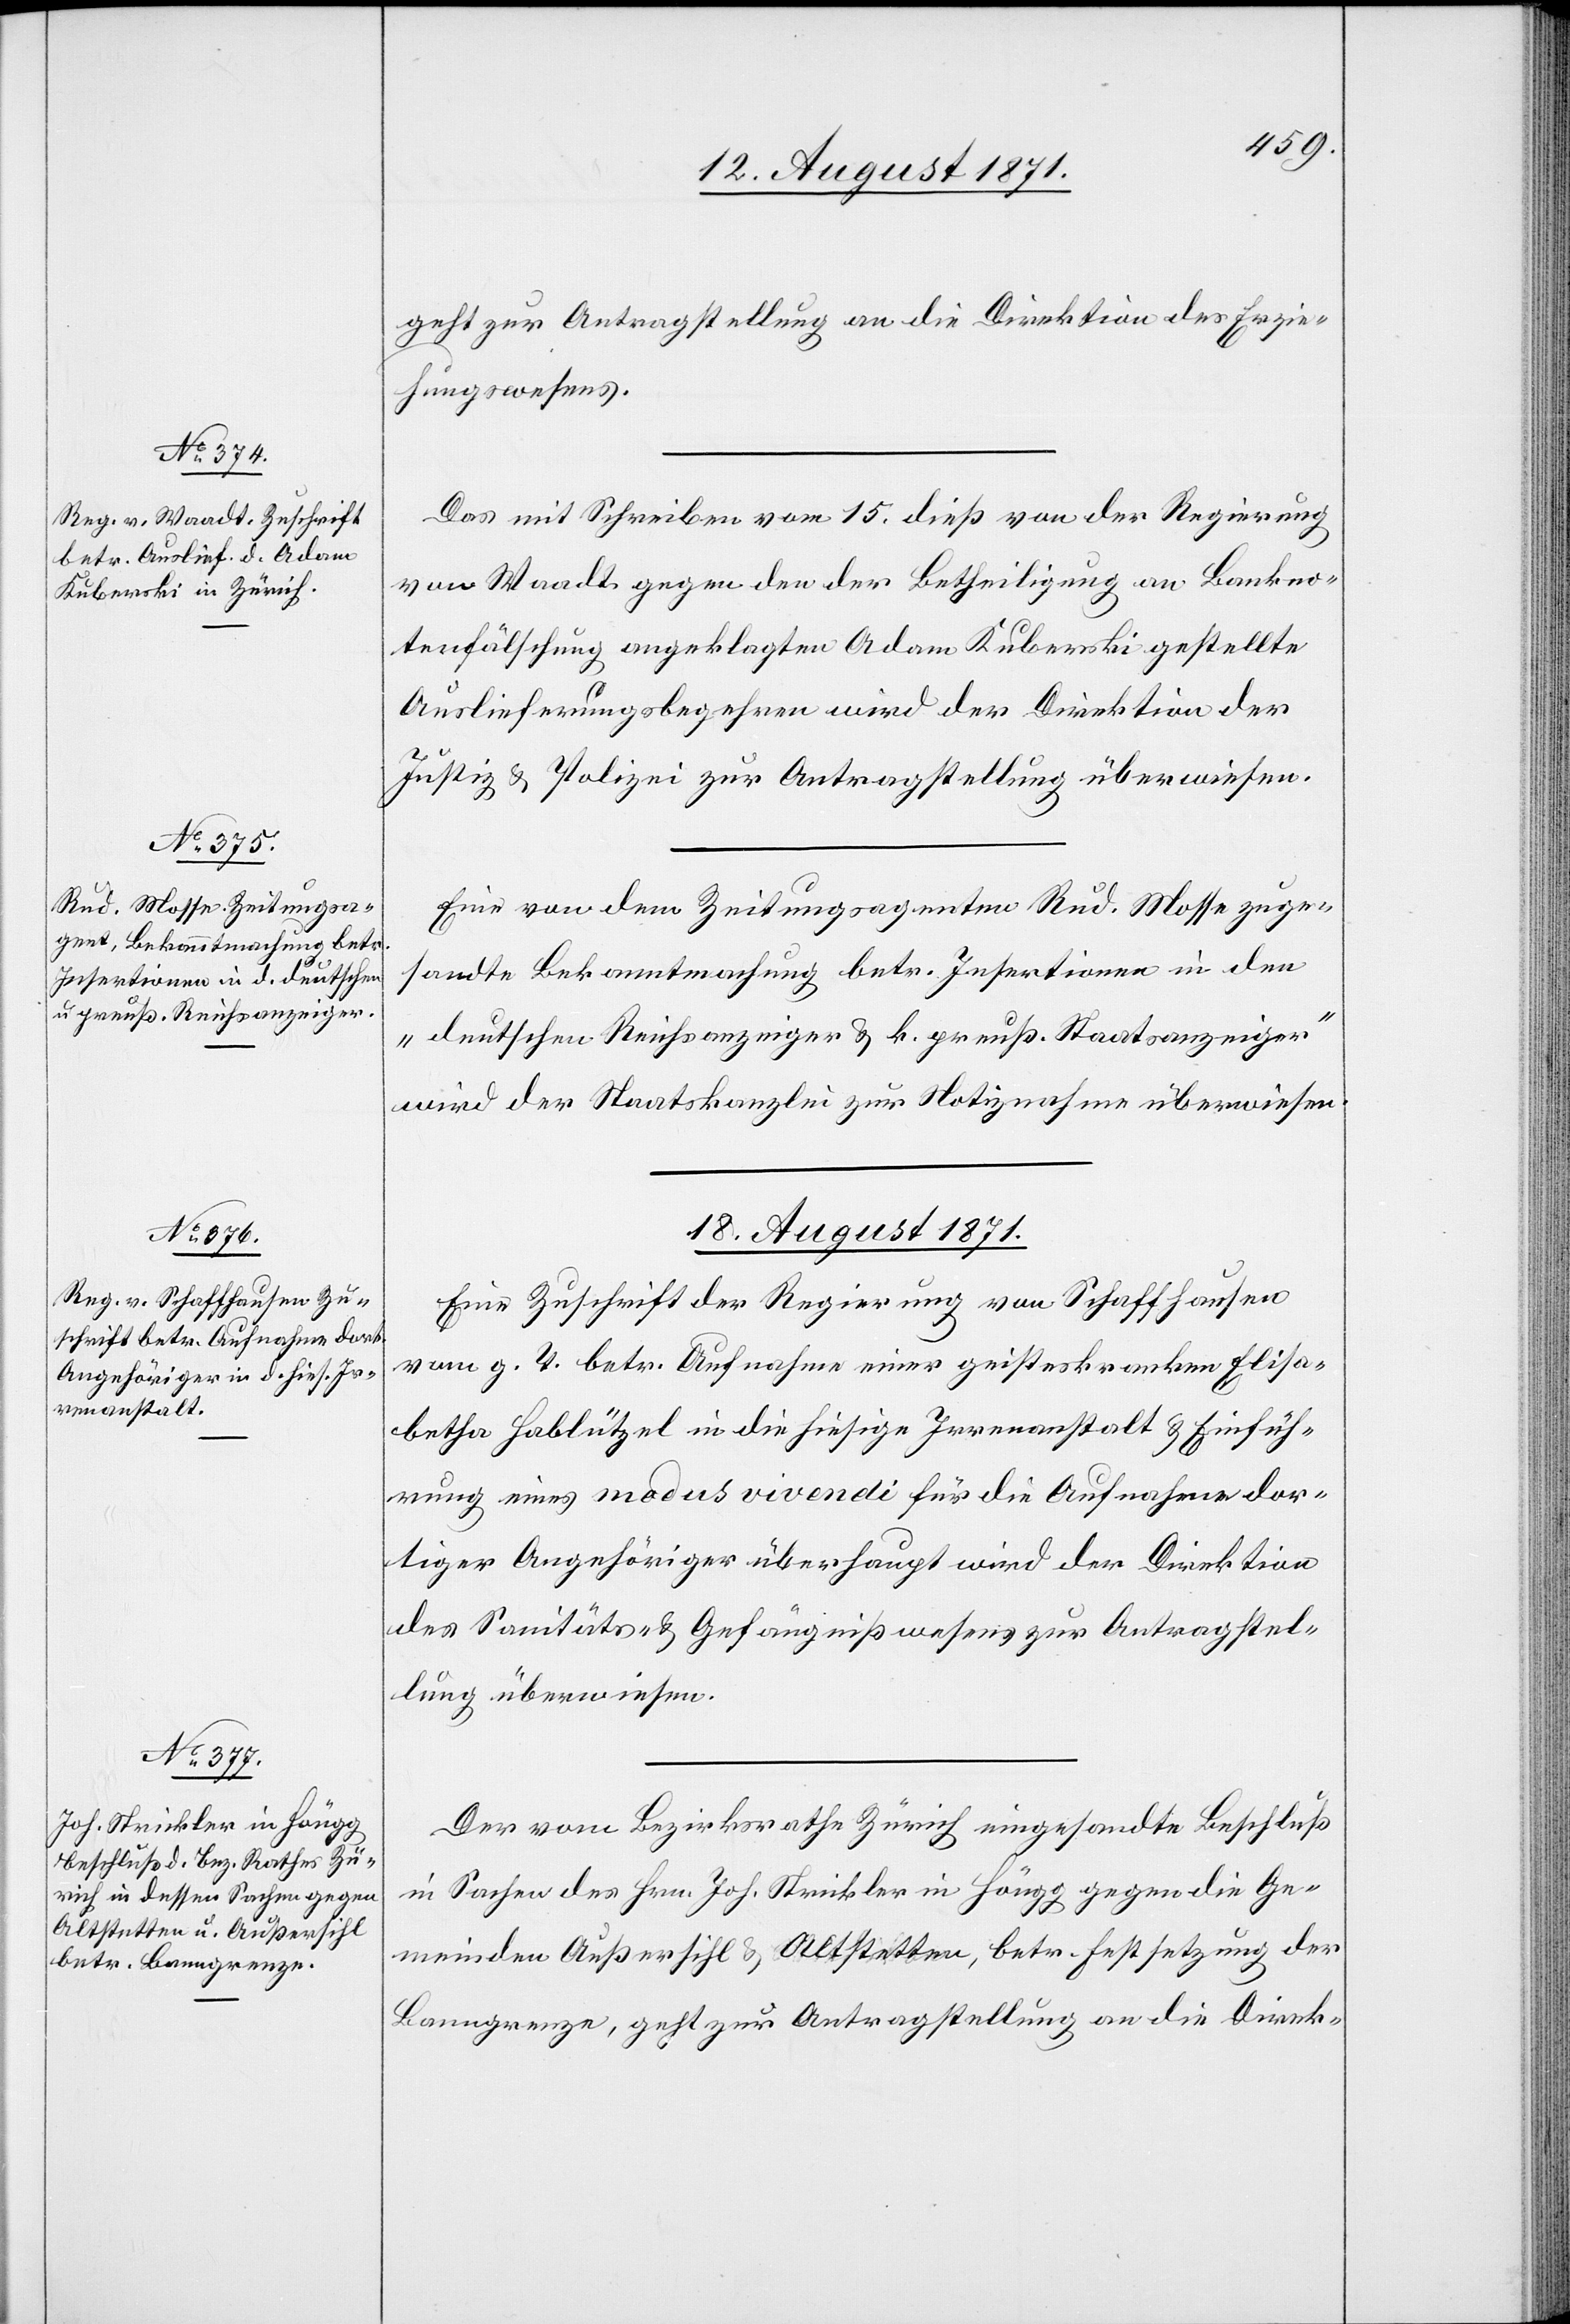
17. August 1871.]
geht zur Antragstellung an die Direktion des Erzie¬
hungswesens.
Das mit Schreiben vom 15. dieß von der Regierung
von Waadt gegen den der Betheiligung an Bankno¬
tenfälschung angeklagten Adam Kuberski gestellte
Auslieferungsbegehren wird der Direktion der
Justiz & Polizei zur Antragstellung überwiesen.
Eine von dem Zeitungsagenten Rud. Mosse zuge¬
sandten Bekanntmachung betr. Insertionen in den
„deutschen Reichsanzeiger & k. preuß. Staatsanzeiger“
wird der Staatskanzlei zur Notiznahme überwiesen.
18. August 1871.]
Eine Zuschrift der Regierung von Schaffhausen
vom g. T. betr. Aufnahme einer geisteskranken Elisa¬
betha Hablützel in die hiesige Irrenanstalt & Einfüh¬
rung eines modus vivendi für die Aufnahme dor¬
tiger Angehöriger überhaupt wird der Direktion
des Sanitäts- & Gefängnißwesens zur Antragstel¬
lung überwiesen.
Der vom Bezirksrathe Zürich eingesandte Beschluß
in Sachen des Hrn. Joh. Strickler in Höngg gegen die Ge¬
meinden Außersihl & Altstetten, betr. Festsetzung der
Banngrenzen, geht zur Antragstellung an die Direk-